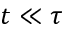
t \ll \tau